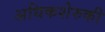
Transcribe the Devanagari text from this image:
अधिकशेरुकी